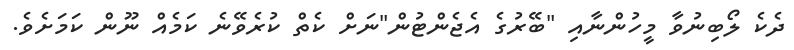
ދެކެ ލޯބިނުވާ މީހުންނާއި "ބޭރުގެ އެޖެންޓުން"ނަށް ކެތް ކުރެވޭނެ ކަމެއް ނޫން ކަމަށެވެ.